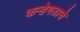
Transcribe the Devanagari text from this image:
कऱ्हेगडाचे